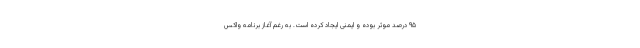
۹۵ درصد موثر بوده و ایمنی ایجاد کرده است. به رغم آغاز برنامه واکس